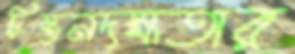
চিন্তনদক্ষতার